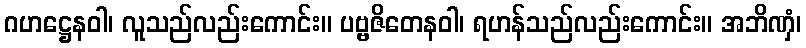
ဂဟဋ္ဌေနဝါ၊ လူသည်လည်းကောင်း။ ပဗ္ဗဇိတေနဝါ၊ ရဟန်သည်လည်းကောင်း။ အဘိဏှံ၊